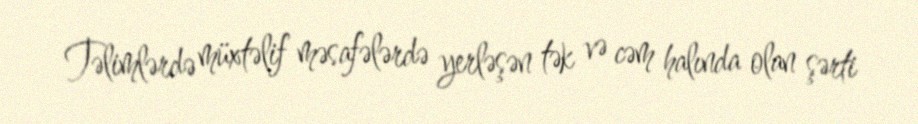
Təlimlərdə müxtəlif məsafələrdə yerləşən tək və cəm halında olan şərti